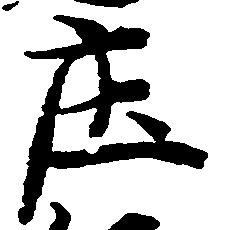
庄